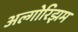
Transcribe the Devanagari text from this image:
अल्गोरिझम